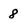
Character: 8